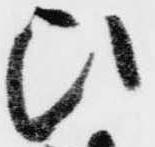
ひ